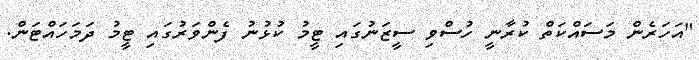
"އަހަރެން މަސައްކަތް ކުރާނީ ހުސްވި ސީޒަނުގައި ޓީމު ކުޅުނު ފެންވަރުގައި ޓީމު ދަމަހައްޓަން.